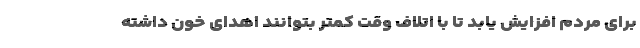
برای مردم افزایش یابد تا با اتلاف وقت کمتر بتوانند اهدای خون داشته